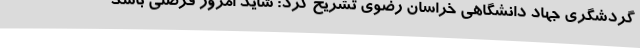
گردشگری جهاد دانشگاهی خراسان رضوی تشریح کرد: شاید امروز فرصتی باشد